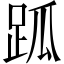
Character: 𧿼